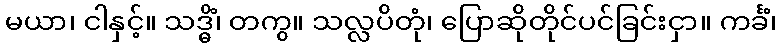
မယာ၊ ငါနှင့်။ သဒ္ဓိံ၊ တကွ။ သလ္လပိတုံ၊ ပြောဆိုတိုင်ပင်ခြင်းငှာ။ ကင်္ခံ၊